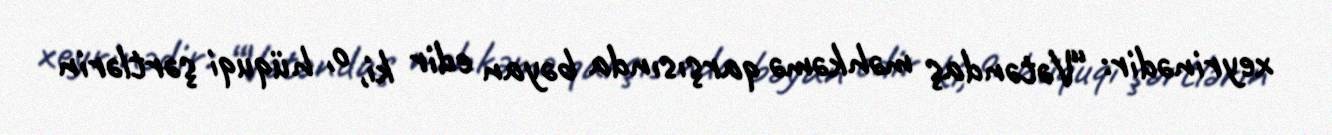
xeyrinədir: “Vətəndaş məhkəmə qarşısında bəyan edir ki, o, hüquqi şərtlərin